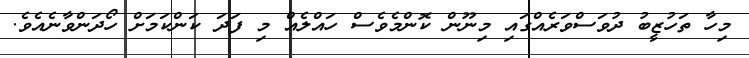
މިހާ ތަހުޒީބު ދުވަސްވަރެއްގައި މިނޫން ކޮންމެވެސް ހައްލެއް މި ފަދަ ކަންކަމަށް ހޯދަންވާނެއެވެ.